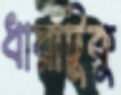
ধারাটুকু